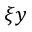
\xi { y }